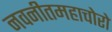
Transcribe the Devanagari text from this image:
नवनीतमहाचोरो